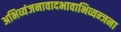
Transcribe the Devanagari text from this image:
अभिव्यंजनावादभावाभिव्यन्जना